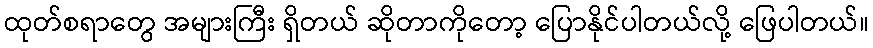
ထုတ်စရာတွေ အများကြီး ရှိတယ် ဆိုတာကိုတော့ ပြောနိုင်ပါတယ်လို့ ဖြေပါတယ်။